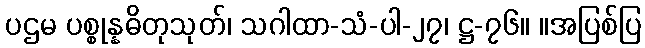
ပဌမ ပစ္စုန္နဓိတုသုတ်၊ သဂါထာ-သံ-ပါ-၂၇၊ ဋ္ဌ-၇၆။ ။အပြစ်ပြ